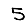
Digit: 5